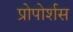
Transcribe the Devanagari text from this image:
प्रोपोर्शस